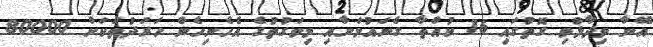
އޭނާ ވިދާޅުވި ގޮތުގައި 16 ކުއްތާ ގެނައުމަށާއި މިވަގުތުގެ އެހެނިހެން ހަރަދުތަކަށް 80000